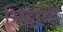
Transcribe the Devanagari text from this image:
भिट्टानी